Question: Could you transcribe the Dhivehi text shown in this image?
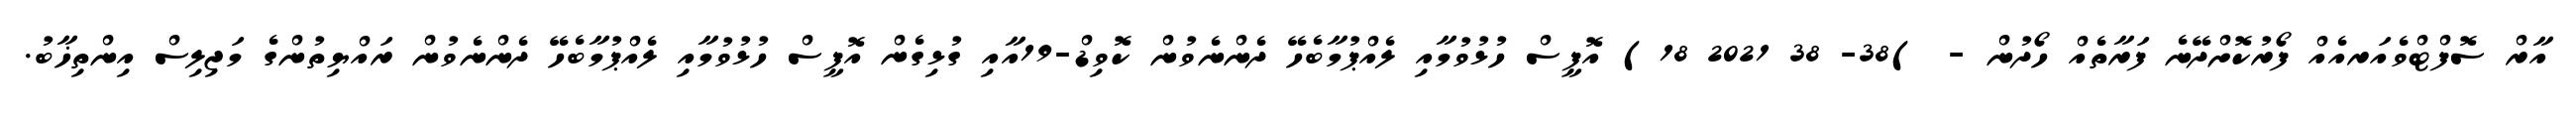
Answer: އާރް ސޮފްޓްވެއަރއެއް ފޯރުކޮށްދޭނެ ފަރާތެއް ހޯދުން - )38- 38 2021 18) އޮފީސް ހުޅުވުމާއި ލެއްޕުމާބެހޭ ދެންނެވުން ކޮވިޑް-19އާއި ގުޅިގެން އޮފީސް ހުޅުވުމާއި ލެއްޕުމާބެހޭ ދެންނެވުން ރައްޔިތުންގެ މަޖިލިސް އިންތިޚާބު.